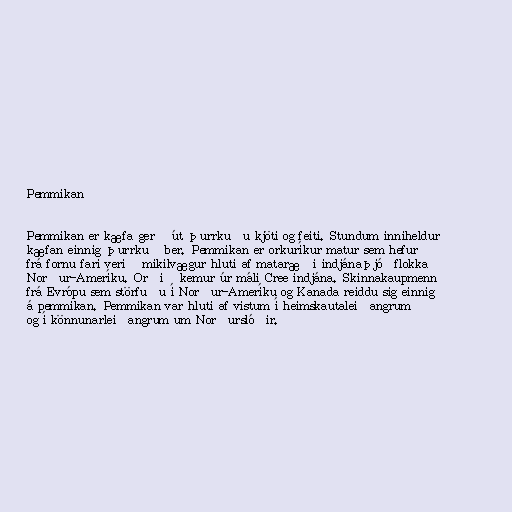
Pemmikan

Pemmikan er kæfa gerð út þurrkuðu kjöti og feiti. Stundum inniheldur
kæfan einnig þurrkuð ber. Pemmikan er orkuríkur matur sem hefur
frá fornu fari verið mikilvægur hluti af mataræði indjánaþjóðflokka
Norður-Ameríku. Orðið kemur úr máli Cree indjána. Skinnakaupmenn
frá Evrópu sem störfuðu í Norður-Ameríku og Kanada reiddu sig einnig
á pemmikan. Pemmikan var hluti af vistum í heimskautaleiðangrum
og í könnunarleiðangrum um Norðurslóðir.